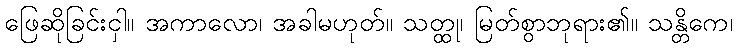
ဖြေဆိုခြင်းငှါ။ အကာလော၊ အခါမဟုတ်။ သတ္ထု၊ မြတ်စွာဘုရား၏။ သန္တိကေ၊